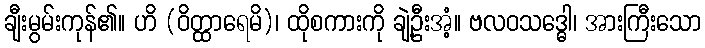
ချီးမွမ်းကုန်၏။ ဟိ (ဝိတ္ထာရေမိ)၊ ထိုစကားကို ချဲ့ဦးအံ့။ ဗလဝသဒ္ဓေါ၊ အားကြီးသော